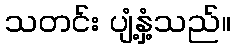
သတင်း ပျံ့နှံ့သည်။